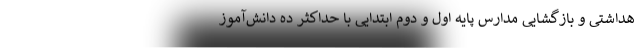
هداشتی و بازگشایی مدارس پایه اول و دوم ابتدایی با حداکثر ده دانش‌آموز